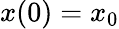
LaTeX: x(0)=x_{0}